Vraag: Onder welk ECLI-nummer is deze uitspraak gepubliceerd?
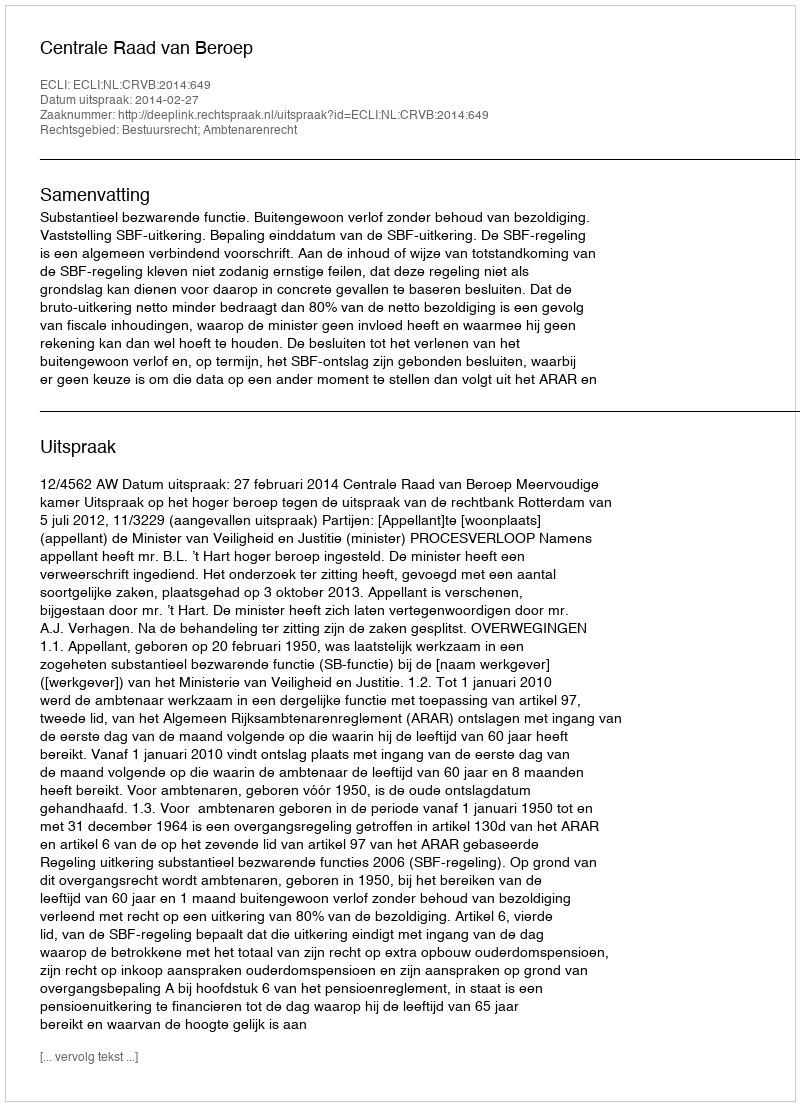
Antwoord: ECLI:NL:CRVB:2014:649